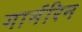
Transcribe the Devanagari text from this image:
गार्नरिन